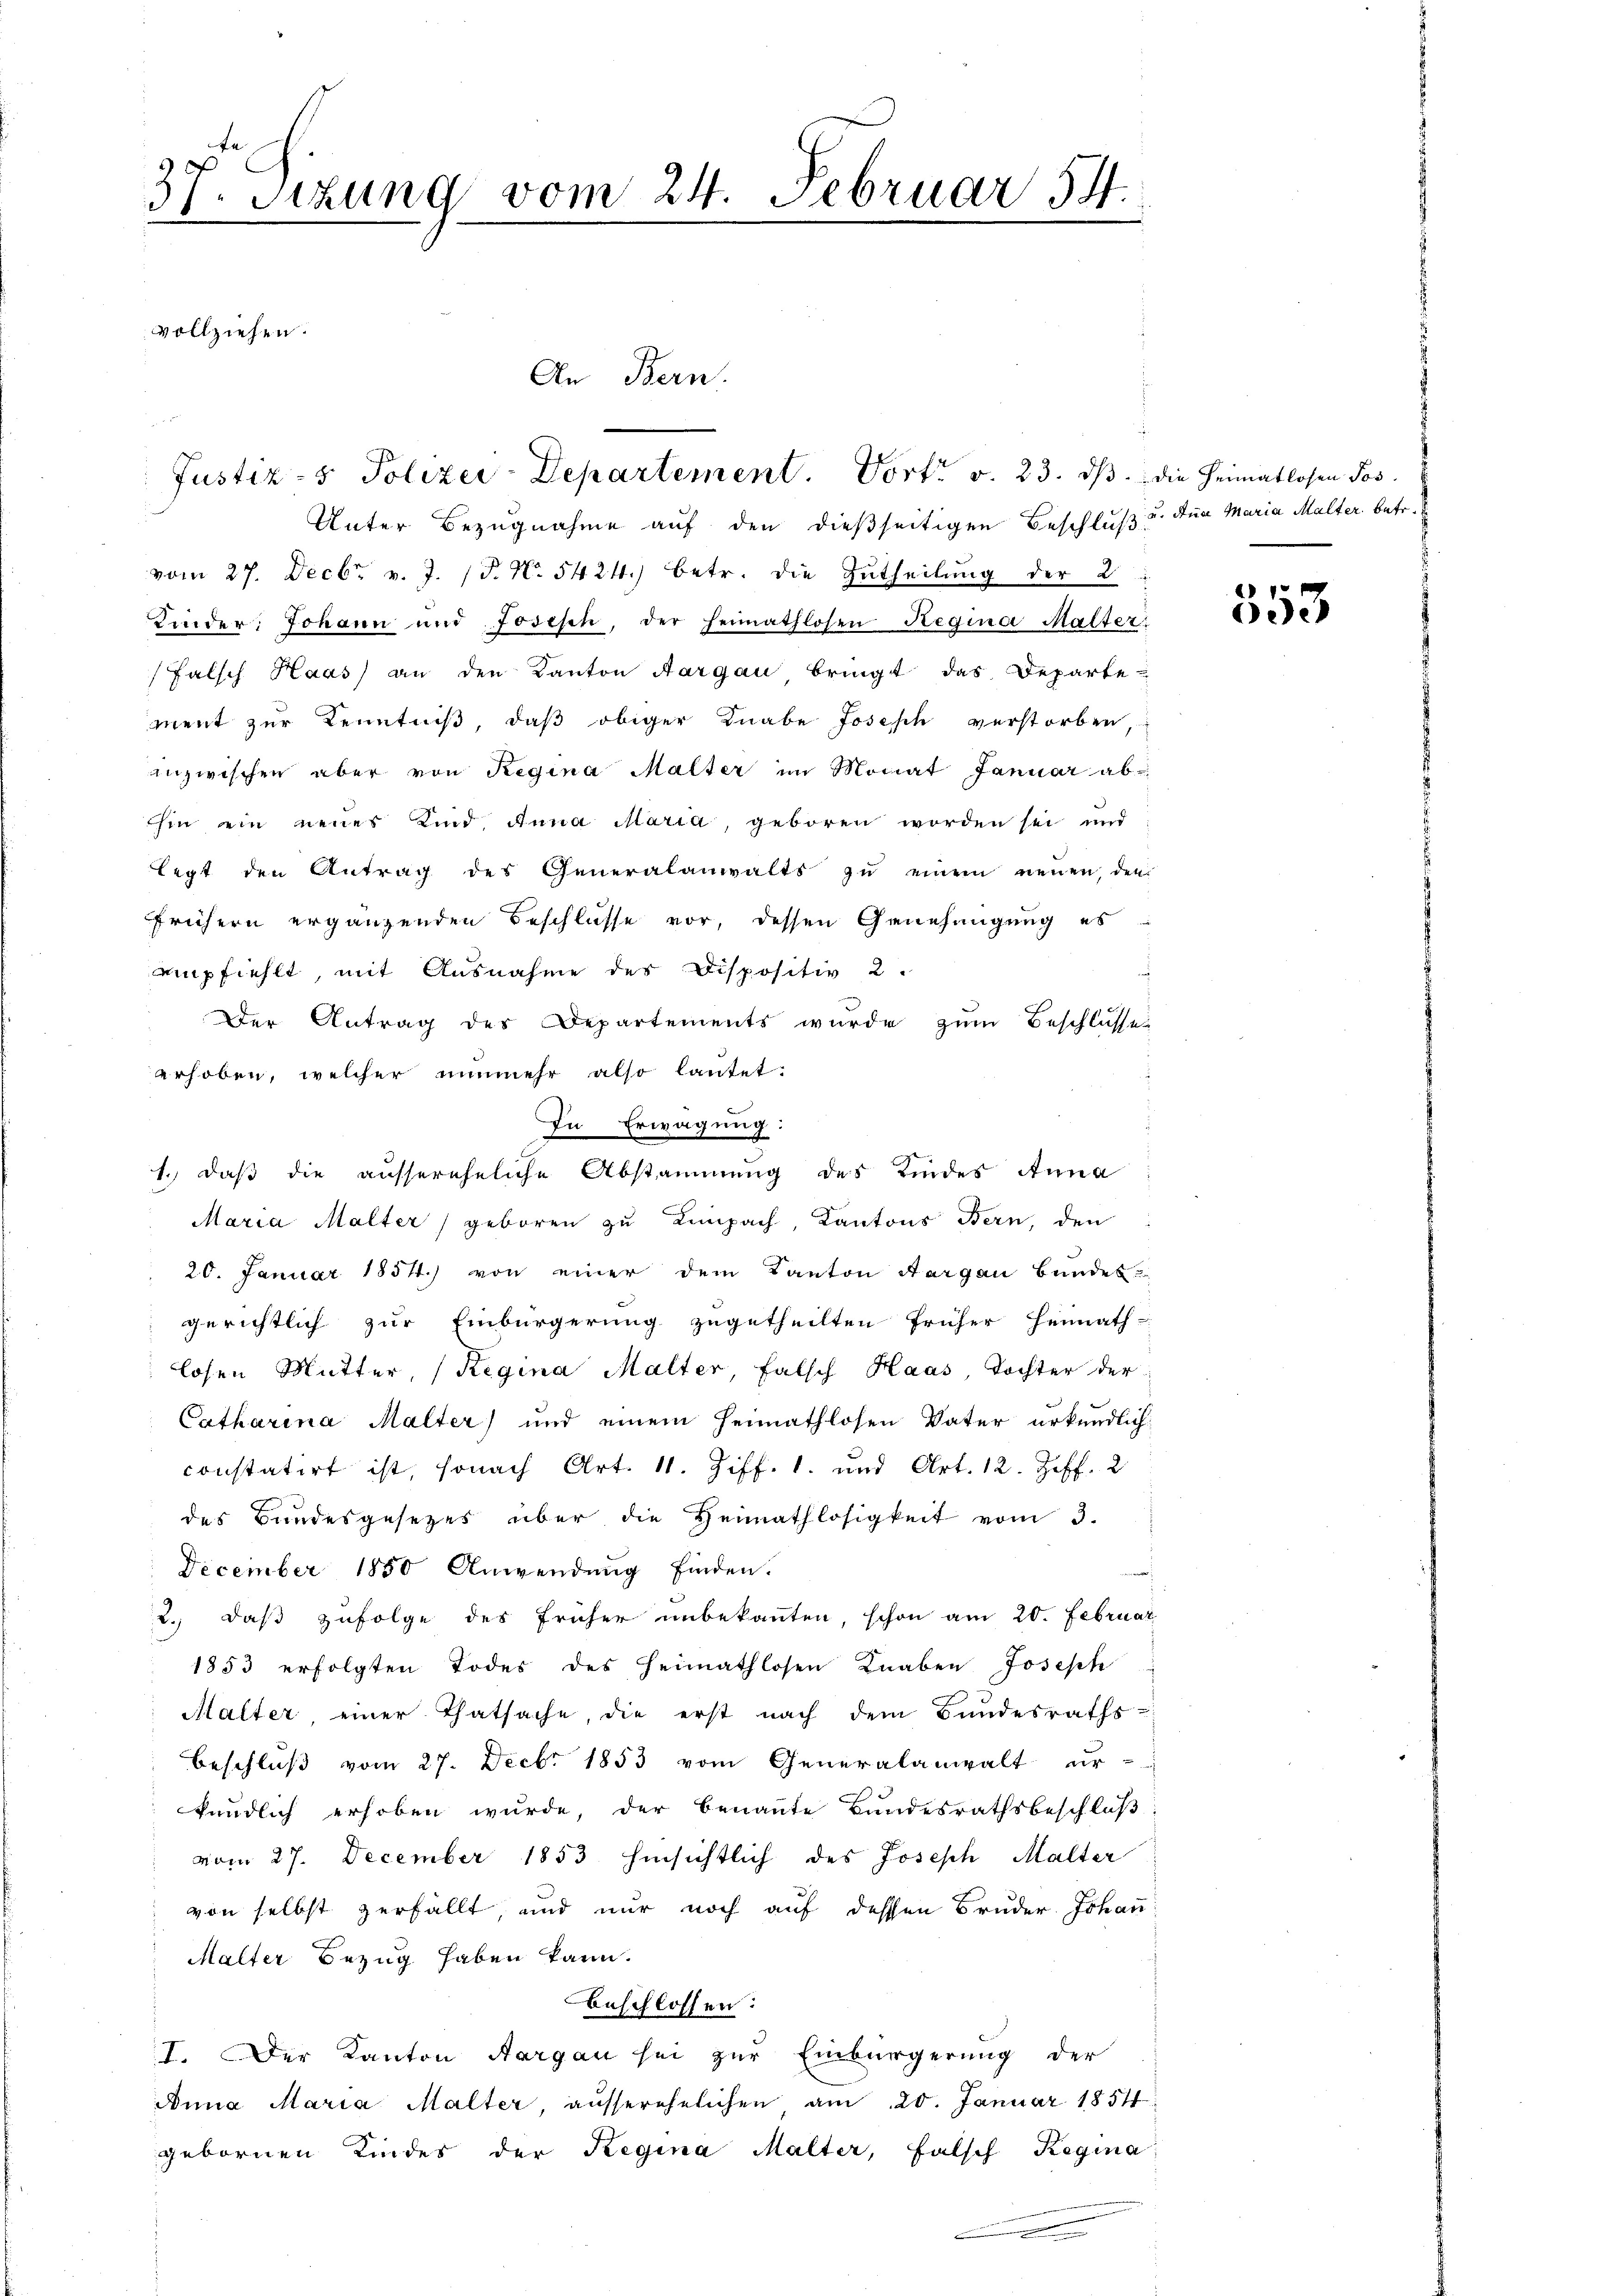
7. Sitzung vom 24. Februar 54.
3
vollziehen.
An Bern.

Justiz- & Polizei-Departement. Vort. v. 23. ds. die Heimatlosen Jos.

Unter Bezugnahme auf den dießseitigen Beschluß u. den Maria Malter betr.
vom 27. Decbr. v. J. (T. N. 5424. betr. die Zutheilung der 2
Kinder: Johann und Josisch, der Heimathlosen Regina Malter
Falsch Haas an den Kanton Aargau bringt das Departe-
ment zur Kenntniß, daß obiger Knabe Joseph verstorben,
inzwischen aber von Regina Malter im Monat Januar abhin ein neues Kind. Anna Maria, geboren worden sei und
legt den Antrag des Generalanwalts zŭ einem neuen, den
frühern ergänzenden Beschlüsse vor, dessen Genehmigung es
empfiehlt, mit Ausnahme des Dispositiv 2.
Der Antrag des Departements wurde zum Beschlüsse
erhoben, welcher nunmehr also lautet:
Maria Malter geboren zu Limpach, Kantons Bern, den
20. Januar 1854.) von einer dem Kanton Aargau Bundes-
gerichtlich zur Einbürgerung zugetheilten früher Heimath-
losen Mutter, (Regina Malter, falsch Haas, Tochter der
Catharina Malter) und einem Heimathlosen Vater urkundlich:
constatirt ist, sonach Art. 11. Ziff. 1. und Art. 12. Hoff. 2
des Bundesgesetzes über die Heimathlosigkeit vom 3.
December 1850 Anwendung finden.
2., daß zufolge des früher unbekannten, schon am 20. Februar
1853 erfolgten Todes des Heimathlosen Knaben Joseph
Malter einer Thatsache, die erst nach dem Bundesraths-
Beschluß vom 27. Decbr 1853 vom Generalanwalt ur-
kundlich erhoben wurde, der benannte Bundesrathsbeschluß
vom 27. December 1853 hinsichtlich des Joseph Malter
von selbst zerfällt, und nur noch auf dessen Bruder Johan
Malter Bezug haben kann.
beschlossen:
I. Der Kanton Aargau sei zur Einbürgerung der
Anna Maria Malter, ausserehelichen am 20. Januar 1854
gebornen Kindes der Regina Malter, falsch Regina
.

1.) Daß die aussereheliche Abstammung des Kindes Anna

In Erwägung:

553